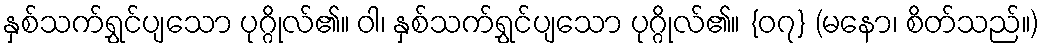
နှစ်သက်ရွှင်ပျသော ပုဂ္ဂိုလ်၏။ ဝါ၊ နှစ်သက်ရွှင်ပျသော ပုဂ္ဂိုလ်၏။ {၀၇} (မနော၊ စိတ်သည်။)